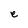
Character: e